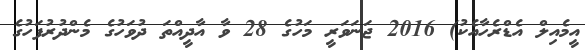
އީމެއިލް އެޑްރެހާއެކު) 2016 ޖަނަވަރީ މަހުގެ 28 ވާ އާދީއްތަ ދުވަހުގެ މެންދުރުފަހުގެ